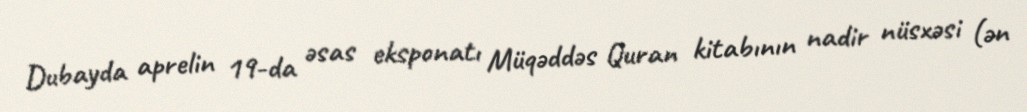
Dubayda aprelin 19-da əsas eksponatı Müqəddəs Quran kitabının nadir nüsxəsi (ən